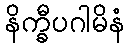
နိက္ခီပဂါမိနံ